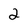
Character: 2